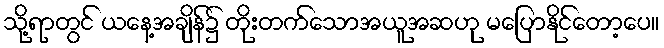
သို့ရာတွင် ယနေ့အချိန်၌ တိုးတက်သောအယူအဆဟု မပြောနိုင်တော့ပေ။